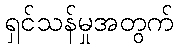
ရှင်သန်မှုအတွက်